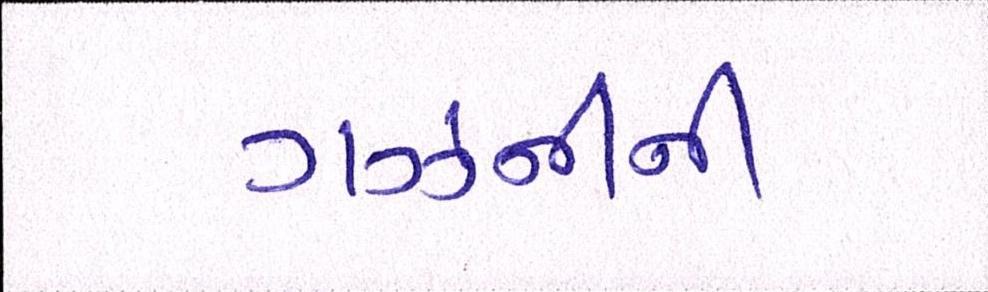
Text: ગઝનીની